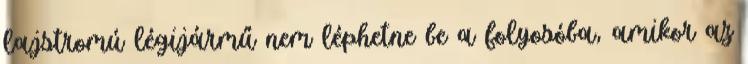
lajstromú légijármű nem léphetne be a folyosóba, amikor az